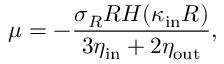
\mu = - \frac { \sigma _ { R } R H ( \kappa _ { \mathrm { i n } } R ) } { 3 \eta _ { \mathrm { i n } } + 2 \eta _ { \mathrm { o u t } } } ,